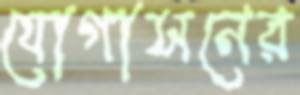
যোগাসনের